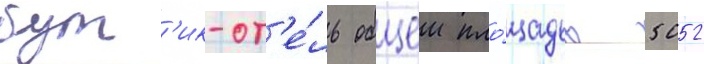
бут'ик-от'е́ль общеи пло́щадью 5052